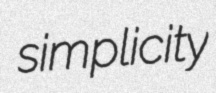
simplicity